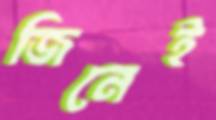
জিনেই